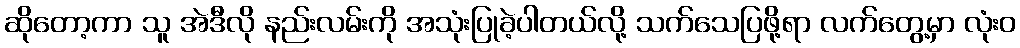
ဆိုတော့ကာ သူ အဲဒီလို နည်းလမ်းကို အသုံးပြုခဲ့ပါတယ်လို့ သက်သေပြဖို့ရာ လက်တွေ့မှာ လုံးဝ